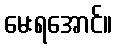
မေးရအောင်။